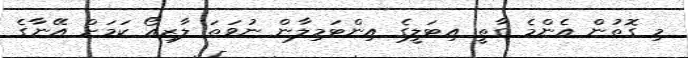
މި ގޮތުން އެންމެ ގާތީ އިޓަލީގެ އިންޓަމިލާން ނުވަތަ ލާޒިއޯ ކަމަށް އޭނާގެ